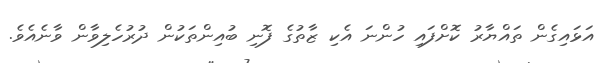
އަޅައިގެން ތައްޔާރު ކޮށްފައި ހުންނަ އެކި ޒާތުގެ ފޮނި ބުއިންތަކުން ދުރުހެލިވާން ވާނެއެވެ.